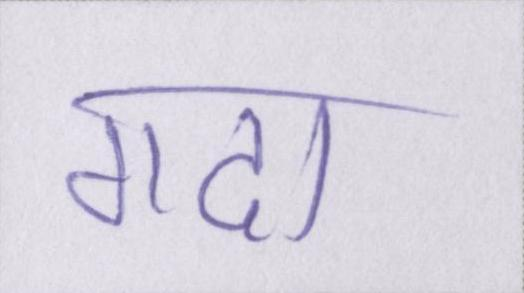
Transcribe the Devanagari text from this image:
गदा